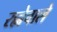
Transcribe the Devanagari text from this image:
रह्नेवाले